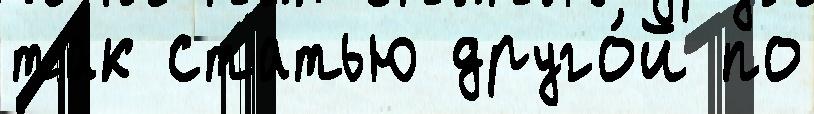
так статью друго́й по